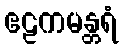
ဧဠကမန္တရံ